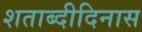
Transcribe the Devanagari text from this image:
शताब्दीदिनास